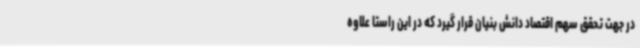
در جهت تحقق سهم اقتصاد دانش بنیان قرار گیرد که در این راستا علاوه